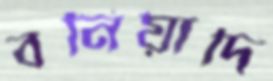
বনিয়াদি